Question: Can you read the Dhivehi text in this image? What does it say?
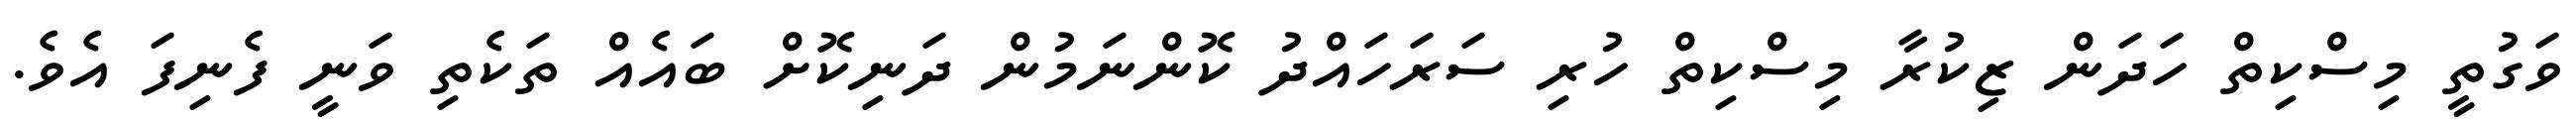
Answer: ވަގުތީ މިސްކިތް ހަދަން ޒިކުރާ މިސްކިތް ހުރި ސަރަހައްދު ކޮންނަމުން ދަނިކޮށް ބައެއް ތަކެތި ވަނީ ފެނިފަ އެވެ.